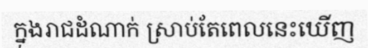
ក្នុងរាជដំណាក់ ស្រាប់តែពេលនេះឃើញ